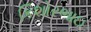
કિશોરભાઇ